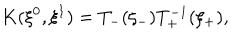
LaTeX: K ( \xi ^ { 0 } , \xi ^ { 1 } ) = T _ { - } ( \xi _ { - } ) T _ { + } ^ { - 1 } ( \xi _ { + } ) ,